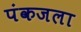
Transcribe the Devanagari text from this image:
पंकजला